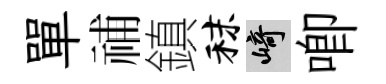
單𥙷鎮秣崎唧